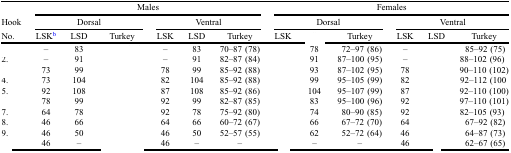
<table><thead><tr><td>[EMPTY_CELL]</td><td colspan="6"><b>Males</b></td><td colspan="6"><b>Females</b></td></tr><tr><td><b>Hook</b></td><td colspan="3"><b>Dorsal</b></td><td colspan="3"><b>Ventral</b></td><td colspan="3"><b>Dorsal</b></td><td colspan="3"><b>Ventral</b></td></tr><tr><td><b>No.</b></td><td><b>LSKb</b></td><td><b>LSD</b></td><td><b>Turkey</b></td><td><b>LSK</b></td><td><b>LSD</b></td><td><b>Turkey</b></td><td><b>LSK</b></td><td>[EMPTY_CELL]</td><td><b>Turkey</b></td><td><b>LSK</b></td><td><b>LSD</b></td><td><b>Turkey</b></td></tr></thead><tbody><tr><td>[EMPTY_CELL]</td><td>–</td><td>83</td><td>[EMPTY_CELL]</td><td>–</td><td>83</td><td>70–87 (78)</td><td>[EMPTY_CELL]</td><td>78</td><td>72–97 (86)</td><td>–</td><td>[EMPTY_CELL]</td><td>85–92 (75)</td></tr><tr><td>2.</td><td>–</td><td>91</td><td>[EMPTY_CELL]</td><td>–</td><td>91</td><td>82–87 (84)</td><td>[EMPTY_CELL]</td><td>91</td><td>87–100 (95)</td><td>–</td><td>[EMPTY_CELL]</td><td>88–102 (96)</td></tr><tr><td>[EMPTY_CELL]</td><td>73</td><td>99 </td><td>[EMPTY_CELL]</td><td>78</td><td>99</td><td>85–92 (88)</td><td>[EMPTY_CELL]</td><td>93</td><td>87–102 (95)</td><td>78</td><td>[EMPTY_CELL]</td><td>90–110 (102)</td></tr><tr><td>4.</td><td>73</td><td>104</td><td>[EMPTY_CELL]</td><td>82</td><td>104</td><td>85–92 (88)</td><td>[EMPTY_CELL]</td><td>99</td><td>95–105 (99)</td><td>82</td><td>[EMPTY_CELL]</td><td>92–112 (100</td></tr><tr><td>5.</td><td>92</td><td>108</td><td>[EMPTY_CELL]</td><td>87</td><td>108</td><td>85–92 (86)</td><td>[EMPTY_CELL]</td><td>104</td><td>95–107 (99)</td><td>87</td><td>[EMPTY_CELL]</td><td>92–110 (100)</td></tr><tr><td>[EMPTY_CELL]</td><td>78</td><td>99</td><td>[EMPTY_CELL]</td><td>92</td><td>99</td><td>82–87 (85)</td><td>[EMPTY_CELL]</td><td>83</td><td>95–100 (96)</td><td>92</td><td>[EMPTY_CELL]</td><td>97–110 (101)</td></tr><tr><td>7.</td><td>64</td><td>78</td><td>[EMPTY_CELL]</td><td>92</td><td>78</td><td>75–92 (80)</td><td>[EMPTY_CELL]</td><td>74</td><td>80–90 (85)</td><td>92</td><td>[EMPTY_CELL]</td><td>82–105 (93)</td></tr><tr><td>8.</td><td>46</td><td>66</td><td>[EMPTY_CELL]</td><td>64</td><td>66</td><td>60–72 (67)</td><td>[EMPTY_CELL]</td><td>66</td><td>67–72 (70)</td><td>64 </td><td>[EMPTY_CELL]</td><td>67–92 (82)</td></tr><tr><td>9.</td><td>46</td><td>50 </td><td>[EMPTY_CELL]</td><td>46</td><td>50</td><td>52–57 (55)</td><td>[EMPTY_CELL]</td><td>62</td><td>52–72 (64)</td><td>46</td><td>[EMPTY_CELL]</td><td>64–87 (73)</td></tr><tr><td>[EMPTY_CELL]</td><td>46</td><td>–</td><td>[EMPTY_CELL]</td><td>46</td><td>–</td><td>–</td><td>[EMPTY_CELL]</td><td>–</td><td>–</td><td>46</td><td>[EMPTY_CELL]</td><td>62–67 (65)</td></tr></tbody></table>